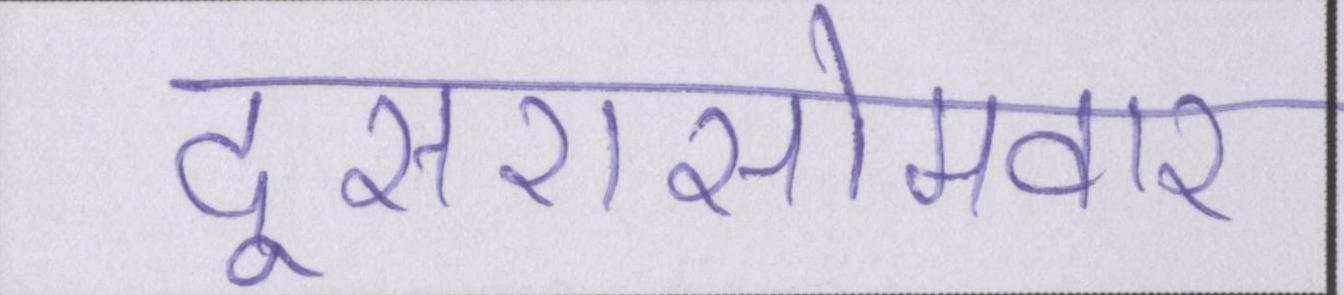
दूसरासोमवार